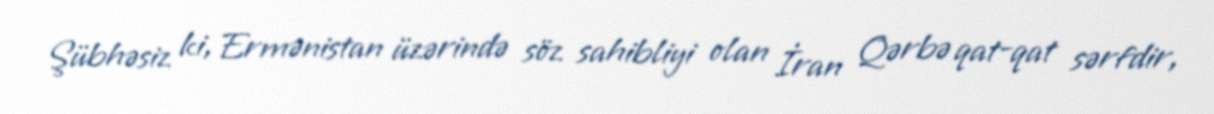
Şübhəsiz ki, Ermənistan üzərində söz sahibliyi olan İran Qərbə qat-qat sərfdir,